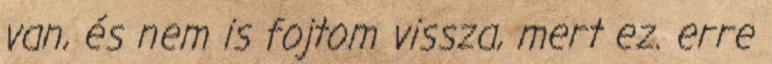
van, és nem is fojtom vissza, mert ez. erre